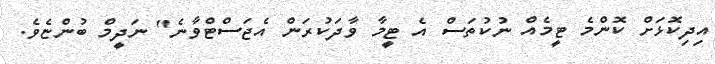
އިދިކޮޅަށް ކޮންމެ ޓީމެއް ނުކުތަސް އެ ޓީމާ ވާދަކުރަން އެޖަސްޓްވާނެ" ނަދީމް ބުންޏެވެ.